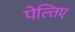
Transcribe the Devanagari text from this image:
पेल्तिए